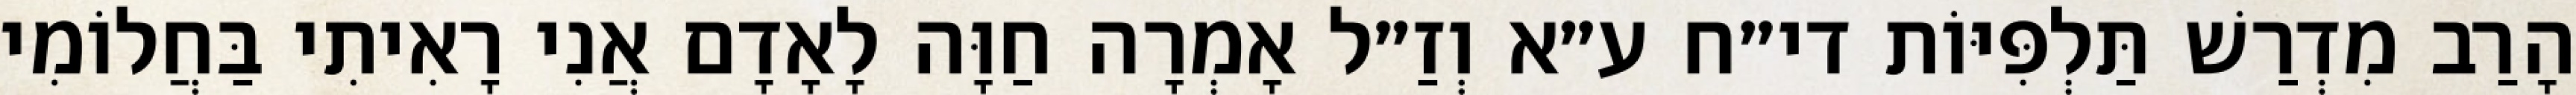
הָרַב מִדְרַשׁ תַּלְפִּיּוֹת די״ח ע״א וְזַ״ל אָמְרָה חַוָּה לָאָדָם אֲנִי רָאִיתִי בַּחֲלוֹמִי